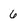
Character: 6